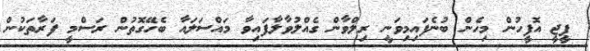
ޕީޖީ އޮފީހުން މިހެން ބުނެފައިމިވަނީ ރިލްވާން ގެއްލުވާލާފައިވާ މައްސަލައާ ބެހޭގޮތުން ރަސްމީ ފަރާތަކުން